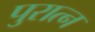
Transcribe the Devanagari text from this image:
पुरात्न